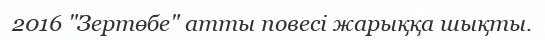
2016 "Зертөбе" атты повесі жарыққа шықты.